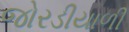
જોરડીયાળી